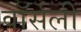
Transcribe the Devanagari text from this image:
वॉर्सली